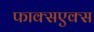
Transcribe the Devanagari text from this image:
फाक्सएक्स